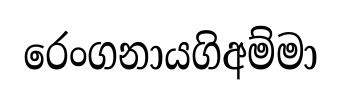
රෙංගනායගිඅම්මා